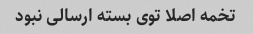
تخمه اصلا توی بسته ارسالی نبود